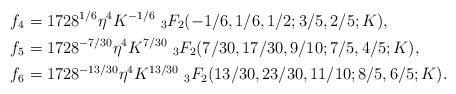
LaTeX: \begin{align*}f_4&=1728^{1/6}\eta^{4}K^{-1/6}\ _{3}F_2(-1/6, 1/6, 1/2; 3/5, 2/5; K), \\f_5 &=1728^{-7/30}\eta^{4}K^{7/30}\ _{3}F_2(7/30, 17/30, 9/10; 7/5, 4/5; K),\\f_6&=1728^{-13/30}\eta^{4}K^{13/30}\ _{3}F_2(13/30, 23/30, 11/10; 8/5, 6/5; K).\end{align*}